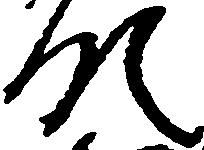
領